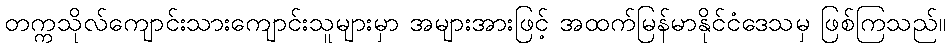
တက္ကသိုလ်ကျောင်းသားကျောင်းသူများမှာ အများအားဖြင့် အထက်မြန်မာနိုင်ငံဒေသမှ ဖြစ်ကြသည်။